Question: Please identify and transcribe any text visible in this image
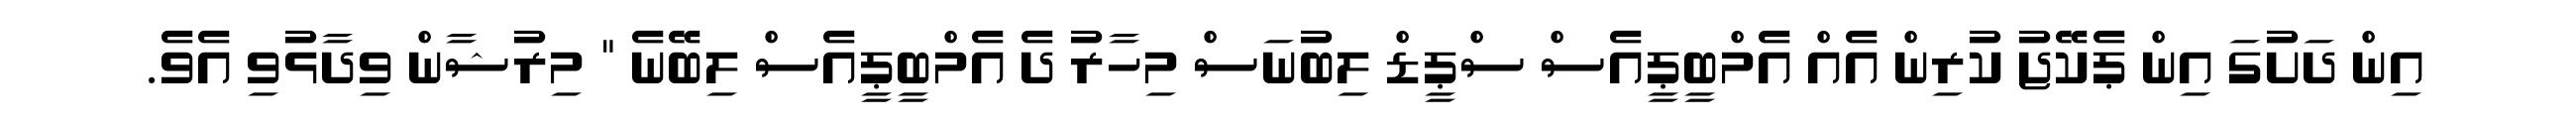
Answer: އިން ދަށުގަ އިން ޕެކޭޖު ކުރިން އެއް އެމްބީޕީއެސް ސްޕީޑް ލިބުނަސް މިހާރު ދެ އެމްބީޕީއެސް ލިބޭނެ " މިރުޝާން ވިދާޅުވި އެވެ.